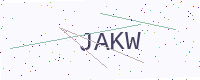
Text: JAKW